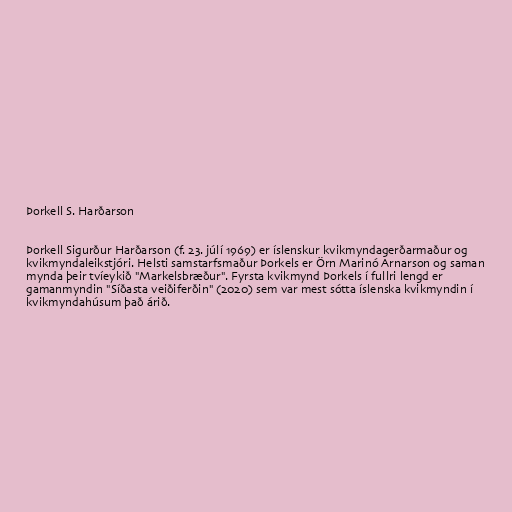
Þorkell S. Harðarson

Þorkell Sigurður Harðarson (f. 23. júlí 1969) er íslenskur kvikmyndagerðarmaður og
kvikmyndaleikstjóri. Helsti samstarfsmaður Þorkels er Örn Marinó Arnarson og saman
mynda þeir tvíeykið "Markelsbræður". Fyrsta kvikmynd Þorkels í fullri lengd er
gamanmyndin "Síðasta veiðiferðin" (2020) sem var mest sótta íslenska kvikmyndin í
kvikmyndahúsum það árið.